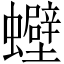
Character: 𧕀